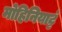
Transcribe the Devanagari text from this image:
मोहिनियाट्टं